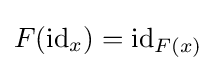
F(\operatorname {id} _{x})=\operatorname {id} _{F(x)}